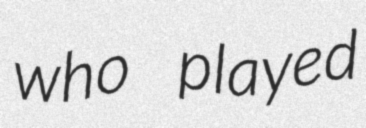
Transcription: who played